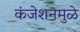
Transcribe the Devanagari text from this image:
कंजेशनमुळे